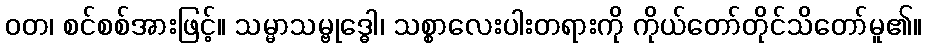
ဝတ၊ စင်စစ်အားဖြင့်။ သမ္မာသမ္ဗုဒ္ဓေါ၊ သစ္စာလေးပါးတရားကို ကိုယ်တော်တိုင်သိတော်မူ၏။